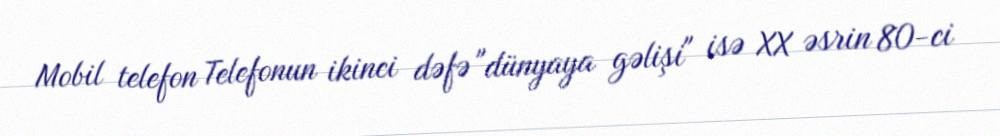
Mobil telefon Telefonun ikinci dəfə "dünyaya gəlişi" isə XX əsrin 80-ci